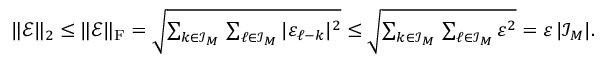
\begin{array} { r } { \| \b { \mathcal E } \| _ { 2 } \leq \| \b { \mathcal E } \| _ { \mathrm F } = \sqrt { \sum _ { \boldsymbol k \in \mathcal I _ { \boldsymbol M } } \, \sum _ { \boldsymbol \ell \in \mathcal I _ { \boldsymbol M } } | \varepsilon _ { \boldsymbol \ell - \boldsymbol k } | ^ { 2 } } \leq \sqrt { \sum _ { \boldsymbol k \in \mathcal I _ { \boldsymbol M } } \, \sum _ { \boldsymbol \ell \in \mathcal I _ { \boldsymbol M } } \varepsilon ^ { 2 } } = \varepsilon \, | \mathcal I _ { \b { M } } | . } \end{array}